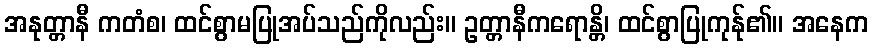
အနုတ္တာနီ ကတံစ၊ ထင်စွာမပြုအပ်သည်ကိုလည်း။ ဥတ္တာနီကရောန္တိ၊ ထင်စွာပြုကုန်ု၏။ အနေက